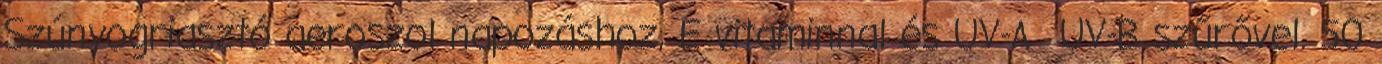
Szúnyogriasztó aeroszol napozáshoz, E vitaminnal és UV-A UV-B szűrővel. 50